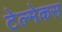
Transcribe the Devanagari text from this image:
टेल्मेकस